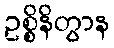
ဥစ္စိနိတွာန